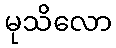
မုသိလော